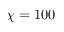
\chi = 1 0 0